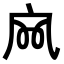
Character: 𡦹